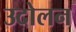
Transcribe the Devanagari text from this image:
उदोलन